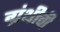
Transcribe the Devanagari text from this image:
ग्रंथीची